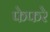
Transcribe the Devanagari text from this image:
फेफरे